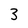
Character: 3